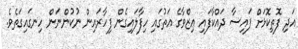
އަދި ފޮތިކޮޅަށް ފައިސާ ދައްކާފައި ޢިޒްވާގެ އަތުގައި ހިފާލައިގެން ފިހާރައިން ނުކުންނަން ހިނގައިގަތެވެ.